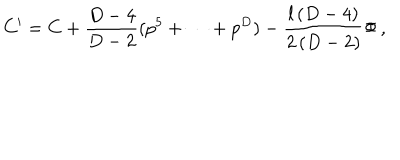
C ^ { \prime } = C + { \frac { D - 4 } { D - 2 } } ( p ^ { 5 } + \dots + p ^ { D } ) - { \frac { l \, ( D - 4 ) } { 2 \, ( D - 2 ) } } \Phi \, ,